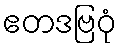
ဧတဒဗြဝုံ